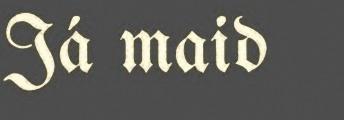
Já maid